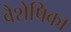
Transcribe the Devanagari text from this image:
वैशेषिका